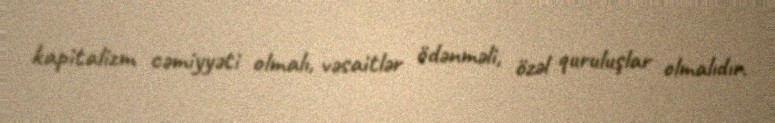
kapitalizm cəmiyyəti olmalı, vəsaitlər ödənməli, özəl quruluşlar olmalıdır.